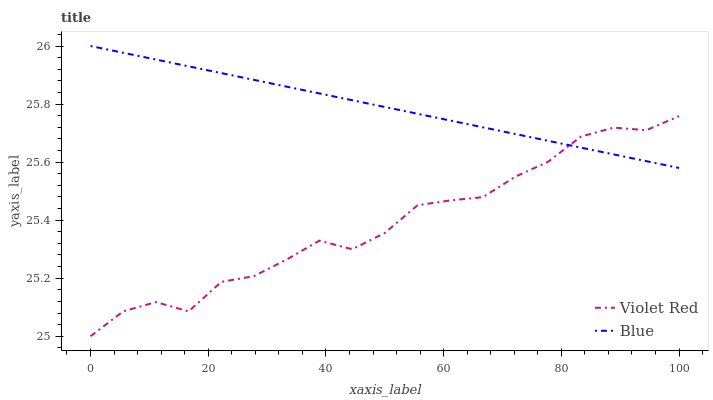
| xaxis_label | Violet Red | Blue |
 | --- | --- | --- |
 | 0 | 25 | 26 |
 | 5.56 | 25.1 | 26 |
 | 11.1 | 25.1 | 26 |
 | 16.7 | 25.1 | 25.9 |
 | 22.2 | 25.2 | 25.9 |
 | 27.8 | 25.2 | 25.9 |
 | 33.3 | 25.3 | 25.9 |
 | 38.9 | 25.3 | 25.8 |
 | 44.4 | 25.3 | 25.8 |
 | 50 | 25.4 | 25.8 |
 | 55.6 | 25.5 | 25.8 |
 | 61.1 | 25.5 | 25.7 |
 | 66.7 | 25.5 | 25.7 |
 | 72.2 | 25.6 | 25.7 |
 | 77.8 | 25.6 | 25.7 |
 | 83.3 | 25.7 | 25.6 |
 | 88.9 | 25.7 | 25.6 |
 | 94.4 | 25.7 | 25.6 |
 | 100 | 25.8 | 25.6 |